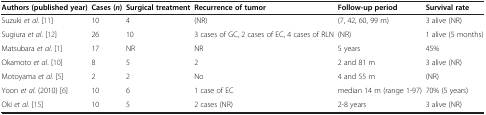
<table><thead><tr><td><b>Authors (published year)</b></td><td><b>Cases (<i>n</i>)</b></td><td><b>Surgical treatment</b></td><td><b>Recurrence of tumor</b></td><td><b>Follow-up period</b></td><td><b>Survival rate</b></td></tr></thead><tbody><tr><td>Suzuki <i>et al</i>. [11]</td><td>10</td><td>4</td><td>(NR)</td><td>(7, 42, 60, 99 m)</td><td>3 alive (NR)</td></tr><tr><td>Sugiura <i>et al</i>. [12]</td><td>26</td><td>10</td><td>3 cases of GC, 2 cases of EC, 4 cases of RLN</td><td>(NR)</td><td>1 alive (5 months)</td></tr><tr><td>Matsubara <i>et al</i>. [1]</td><td>17</td><td>NR</td><td>NR</td><td>5 years</td><td>45%</td></tr><tr><td>Okamoto <i>et al</i>. [10]</td><td>8</td><td>5</td><td>2</td><td>2 and 81 m</td><td>3 alive (NR)</td></tr><tr><td>Motoyama <i>et al</i>. [5]</td><td>2</td><td>2</td><td>No</td><td>4 and 55 m</td><td>(NR)</td></tr><tr><td>Yoon <i>et al</i>. (2010) [6]</td><td>10</td><td>6</td><td>1 case of EC</td><td>median 14 m (range 1-97)</td><td>70% (5 years)</td></tr><tr><td>Oki <i>et al</i>. [15]</td><td>10</td><td>5</td><td>2 cases (NR)</td><td>2-8 years</td><td>3 alive (NR)</td></tr></tbody></table>